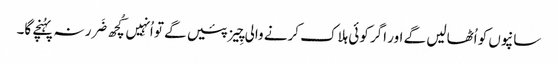
سانپوں کو اُٹھالیں گے اور اگر کوئی ہلاک کرنے والی چِیز پئیں گے تو اُنہِیں کُچھ ضَرر نہ پہُنچے گا۔